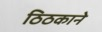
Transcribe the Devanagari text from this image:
ठिठकाने